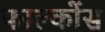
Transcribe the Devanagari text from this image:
फाल्कोंस